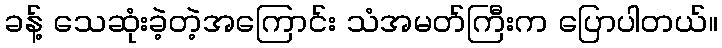
ခန့် သေဆုံးခဲ့တဲ့အကြောင်း သံအမတ်ကြီးက ပြောပါတယ်။